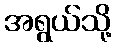
အရွယ်သို့